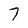
Character: 7